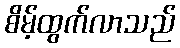
စိမ့်ထွက်လာသည်